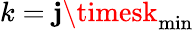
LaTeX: k=\mathbf{j}\timesk_{\mathrm{{min}}}